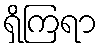
ရှိကြရာ